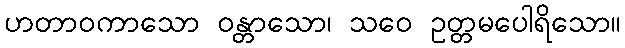
ဟတာဝကာသော ဝန္တာသော၊ သဝေ ဥတ္တမပေါရိသော။